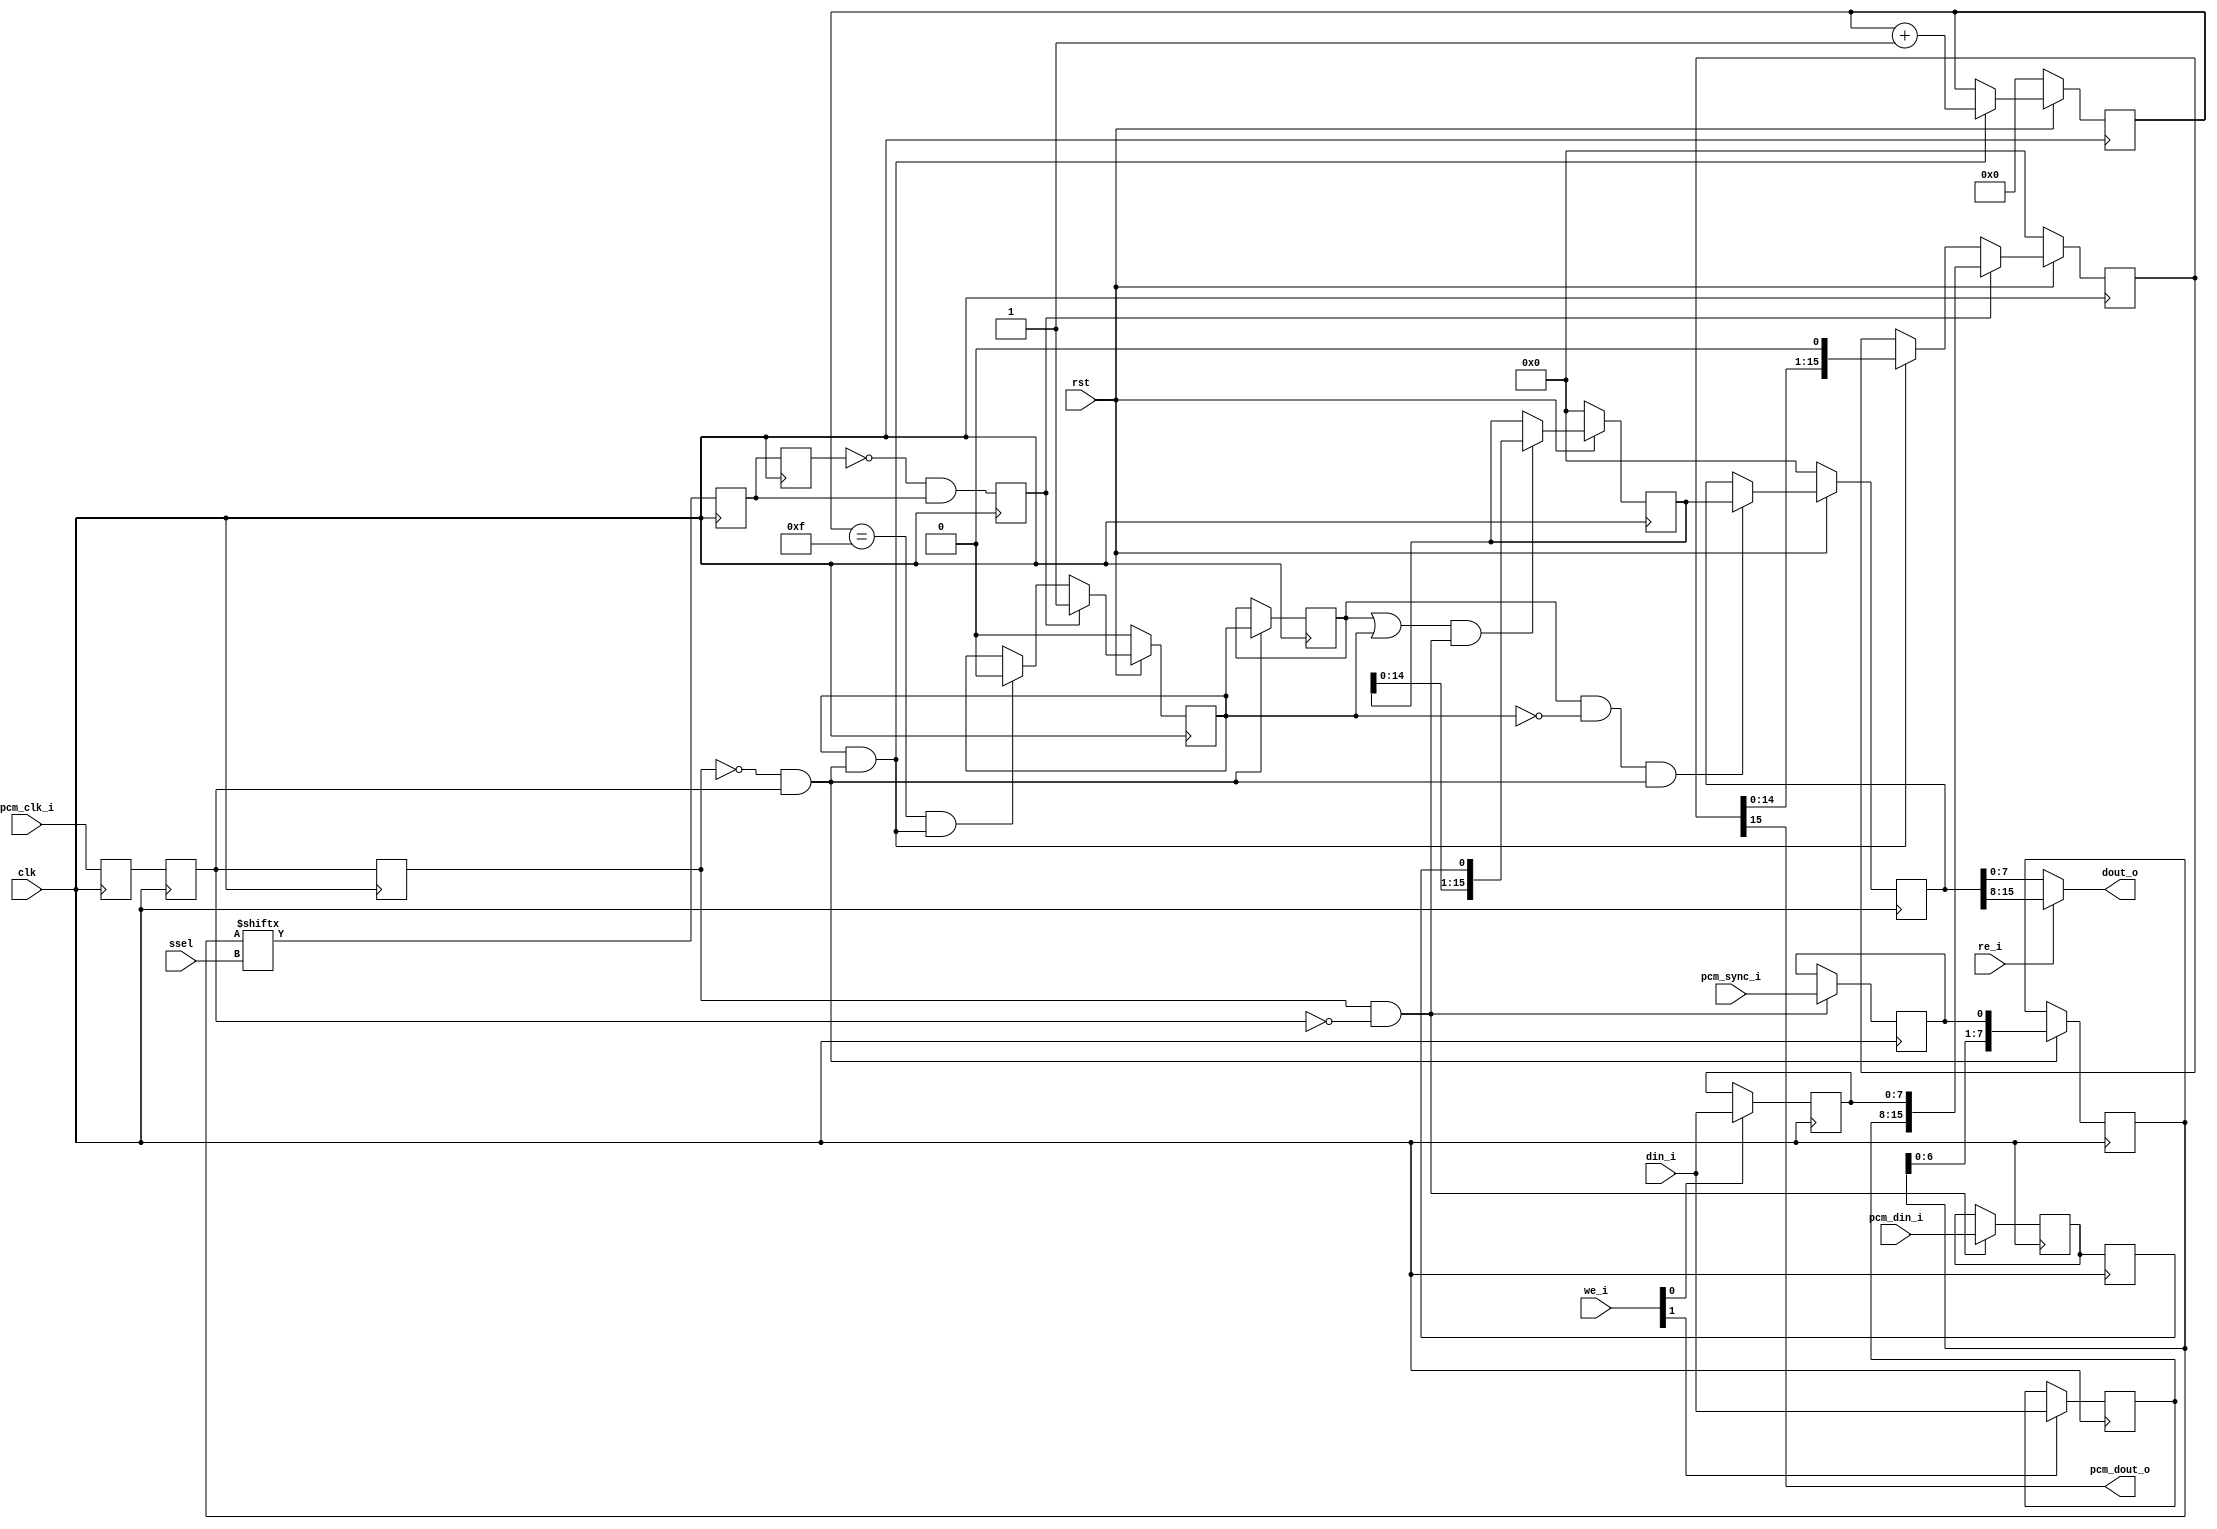
module pcm_slv_top(	clk, rst,
	
			ssel,

			// PCM
			pcm_clk_i, pcm_sync_i, pcm_din_i, pcm_dout_o,

			// Internal Interface
			din_i, dout_o, re_i, we_i);

input		clk, rst;
input	[2:0]	ssel;	// Number of bits to delay (0-7)
input		pcm_clk_i, pcm_sync_i, pcm_din_i;
output		pcm_dout_o;
input	[7:0]	din_i;
output	[7:0]	dout_o;
input		re_i;
input	[1:0]	we_i;

///////////////////////////////////////////////////////////////////
//
// Local Wires and Registers
//

reg		pclk_t, pclk_s, pclk_r;
wire		pclk_ris, pclk_fal;
reg		psync;
reg		pcm_sync_r1, pcm_sync_r2, pcm_sync_r3;
reg		tx_go;
wire		tx_data_le;
reg	[15:0]	tx_hold_reg;
reg	[7:0]	tx_hold_byte_h, tx_hold_byte_l;
reg	[3:0]	tx_cnt;
wire		tx_done;
reg	[15:0]	rx_hold_reg, rx_reg;
wire		rx_data_le;
reg		rxd_t, rxd;
reg		tx_go_r1, tx_go_r2;
reg	[7:0]	psa;

///////////////////////////////////////////////////////////////////
//
// Misc Logic
//

always @(posedge clk)
	pclk_t <= #1 pcm_clk_i;

always @(posedge clk)
	pclk_s <= #1 pclk_t;

always @(posedge clk)
	pclk_r <= #1 pclk_s;

assign pclk_ris = !pclk_r &  pclk_s;
assign pclk_fal =  pclk_r & !pclk_s;

///////////////////////////////////////////////////////////////////
//
// Retrieve Sync Signal
//

always @(posedge clk)	// Latch it at falling edge
	if(pclk_fal)	pcm_sync_r1 <= #1 pcm_sync_i;

always @(posedge clk)	// resync to rising edge
	if(pclk_ris)	psa <= #1 {psa[6:0], pcm_sync_r1};

always @(posedge clk)	//delay bit N
	pcm_sync_r2 <= #1 psa[ssel];

always @(posedge clk)	// edge detector
	pcm_sync_r3 <= #1 pcm_sync_r2;

always @(posedge clk)
	psync <= #1 !pcm_sync_r3 & pcm_sync_r2;

///////////////////////////////////////////////////////////////////
//
// Transmit Logic
//

assign tx_data_le = tx_go & pclk_ris;

always @(posedge clk)
	if(we_i[1])	tx_hold_byte_h <= #1 din_i;

always @(posedge clk)
	if(we_i[0])	tx_hold_byte_l <= #1 din_i;

always @(posedge clk)
	if(!rst)	tx_go <= #1 1'b0;
	else
	if(psync)	tx_go <= #1 1'b1;
	else
	if(tx_done)	tx_go <= #1 1'b0;

always @(posedge clk)
	if(!rst)	tx_hold_reg <= #1 16'h0;
	else
	if(psync)	tx_hold_reg <= #1 {tx_hold_byte_h, tx_hold_byte_l};
	else
	if(tx_data_le)	tx_hold_reg <= #1 {tx_hold_reg[14:0],1'b0};

assign	pcm_dout_o = tx_hold_reg[15];
	
always @(posedge clk)
	if(!rst)	tx_cnt <= #1 4'h0;
	else
	if(tx_data_le)	tx_cnt <= tx_cnt + 4'h1;

assign tx_done = (tx_cnt == 4'hf) & tx_data_le;

///////////////////////////////////////////////////////////////////
//
// Recieve Logic
//

always @(posedge clk)
	if(pclk_ris)	tx_go_r1 <= #1 tx_go;

always @(posedge clk)
	if(pclk_ris)	tx_go_r2 <= #1 tx_go_r1;

// Receive is in sync with transmit ...
always @(posedge clk)
	if(pclk_fal)	rxd_t <= #1 pcm_din_i;

always @(posedge clk)
	rxd <= #1 rxd_t;

assign rx_data_le = (tx_go_r1 | tx_go) & pclk_fal;

always @(posedge clk)
	if(!rst)	rx_hold_reg <= #1 16'h0;
	else
	if(rx_data_le)	rx_hold_reg <= #1 {rx_hold_reg[14:0], rxd};

always @(posedge clk)
	if(!rst)				rx_reg <= #1 16'h0;
	else
	if(tx_go_r1 & !tx_go & pclk_ris)	rx_reg <= #1 rx_hold_reg;

assign dout_o = re_i ? rx_reg[15:8] : rx_reg[7:0];

endmodule